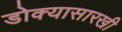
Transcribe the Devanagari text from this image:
डोक्यासारखी